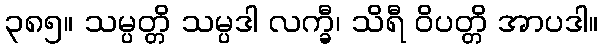
၃၈၅။ သမ္ပတ္တိ သမ္ပဒါ လက္ခီ၊ သိရီ ဝိပတ္တိ အာပဒါ။